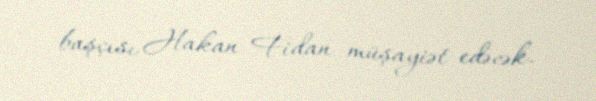
başçısı Hakan Fidan müşayiət edəcək.